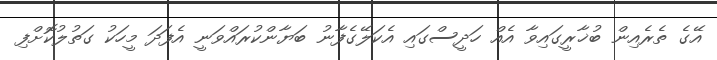
އޭގެ ތެރެއިން ބުޚާރީގައިވާ އެއް ހަދީސްގައި އެކަލޭގެފާނު ބަޔާންކުރައްވަނީ އެފަދަ މީހަކު ގަތުލުކޮށްފި